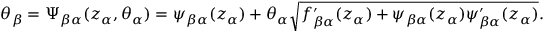
\theta _ { \beta } = \Psi _ { \beta \alpha } ( z _ { \alpha } , \theta _ { \alpha } ) = \psi _ { \beta \alpha } ( z _ { \alpha } ) + \theta _ { \alpha } \sqrt { f _ { \beta \alpha } ^ { \prime } ( z _ { \alpha } ) + \psi _ { \beta \alpha } ( z _ { \alpha } ) \psi _ { \beta \alpha } ^ { \prime } ( z _ { \alpha } ) } .